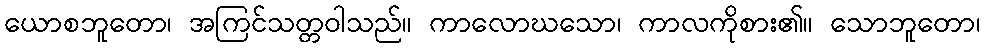
ယောစဘူတော၊ အကြင်သတ္တဝါသည်။ ကာလောဃသော၊ ကာလကိုစား၏။ သောဘူတော၊